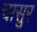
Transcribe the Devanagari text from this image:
चासुर